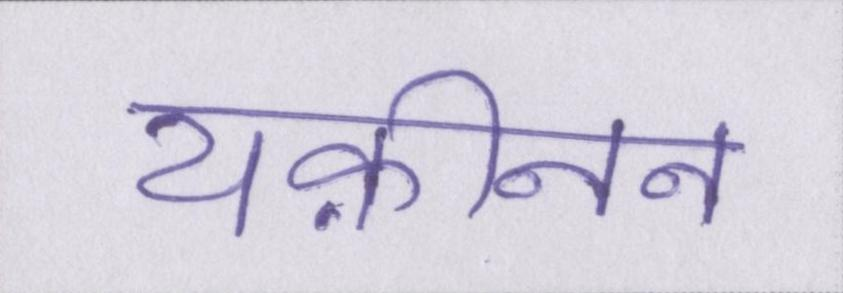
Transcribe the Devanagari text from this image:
यक़ीनन